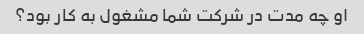
او چه مدت در شرکت شما مشغول به کار بود؟